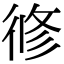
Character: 𢔜